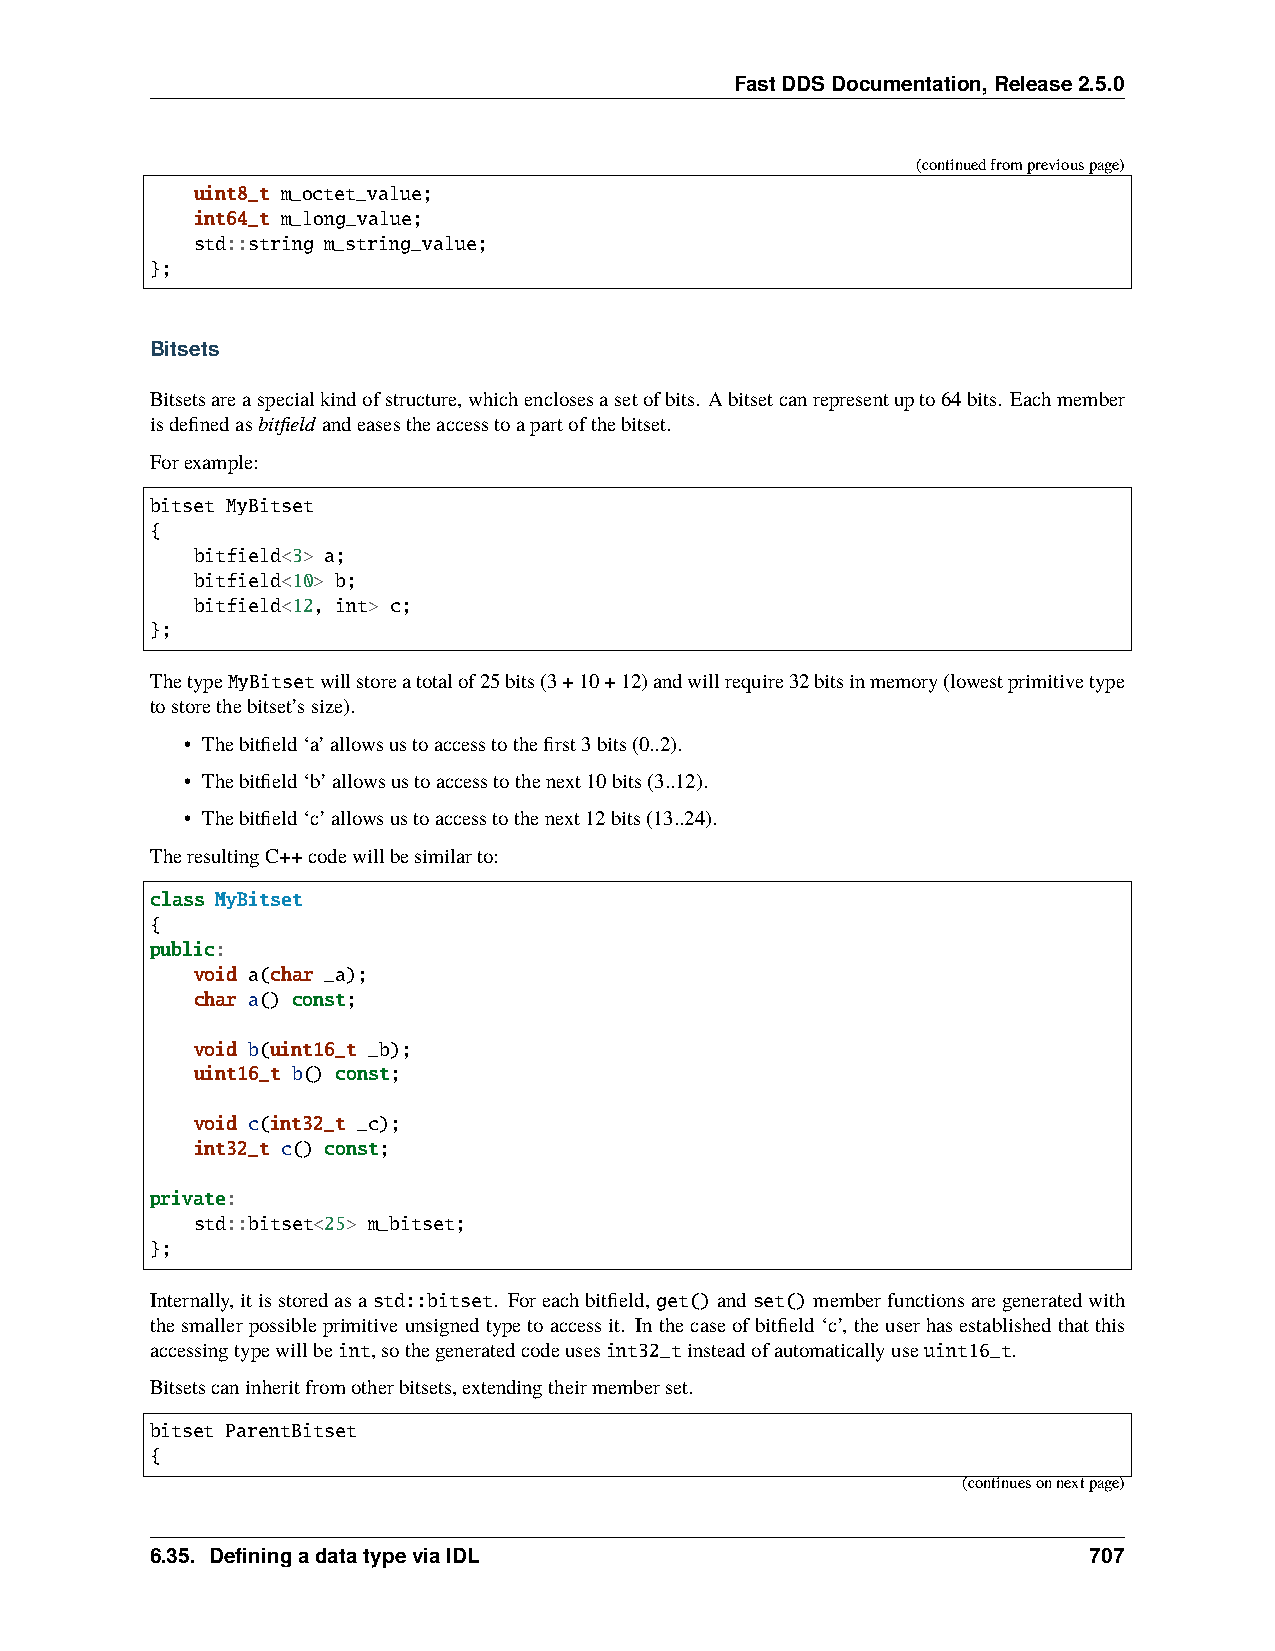
FastDDSDocumentation,Release2.5.0
 (continuedfrompreviouspage)
 uint8_t m_octet_value;
 int64_t m_long_value;
 std::string m_string_value;
 };
 Bitsets
 Bitsetsareaspecialkindofstructure,whichenclosesasetofbits. Abitsetcanrepresentupto64bits. Eachmember
 isdefinedasbitfield andeasestheaccesstoapartofthebitset.
 Forexample:
 bitset MyBitset
 {
 bitfield<3> a;
 bitfield<10> b;
 bitfield<12, int> c;
 };
 ThetypeMyBitsetwillstoreatotalof25bits(3+10+12)andwillrequire32bitsinmemory(lowestprimitivetype
 tostorethebitset’ssize).
 • Thebitfield‘a’allowsustoaccesstothefirst3bits(0..2).
 • Thebitfield‘b’allowsustoaccesstothenext10bits(3..12).
 • Thebitfield‘c’allowsustoaccesstothenext12bits(13..24).
 TheresultingC++codewillbesimilarto:
 class MyBitset
 {
 public:
 void a(char _a);
 char a() const;
 void b(uint16_t _b);
 uint16_t b() const;
 void c(int32_t _c);
 int32_t c() const;
 private:
 std::bitset<25> m_bitset;
 };
 Internally,itisstoredasa std::bitset. Foreachbitfield,get()and set()memberfunctionsaregeneratedwith
 thesmallerpossibleprimitiveunsignedtypetoaccessit. Inthecaseofbitfield‘c’, theuserhasestablishedthatthis
 accessingtypewillbeint,sothegeneratedcodeusesint32_tinsteadofautomaticallyuseuint16_t.
 Bitsetscaninheritfromotherbitsets,extendingtheirmemberset.
 bitset ParentBitset
 {
 (continuesonnextpage)
 6.35. DefiningadatatypeviaIDL                                 707